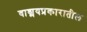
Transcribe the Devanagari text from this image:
वाड्मयप्रकारातील